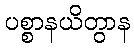
ပစ္စာနယိတွာန